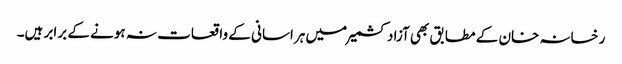
رخسانہ خان کے مطابق بھی آزاد کشمیر میں ہراسانی کے واقعات نہ ہونے کے برابر ہیں۔